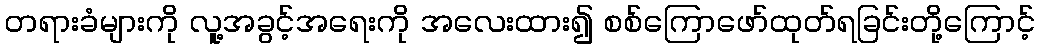
တရားခံများကို လူ့အခွင့်အရေးကို အလေးထား၍ စစ်ကြောဖော်ထုတ်ရခြင်းတို့ကြောင့်